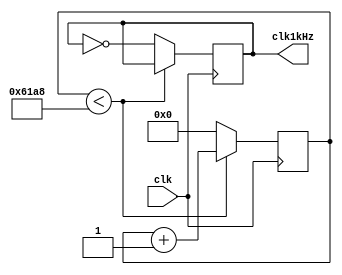
module divfreq(clk, clk1kHz);
input clk;
output reg clk1kHz;

reg [20:0]count;

initial begin
	count = 0;
	clk1kHz = 0;
end

always @(posedge clk)begin
	if(count < 25_000)begin
		count = count + 1'd1;
	end else begin
		clk1kHz = !clk1kHz;
		count = 0;
	end
end


endmodule